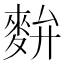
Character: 𪌚